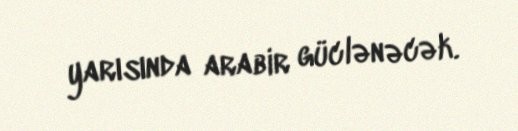
yarısında arabir güclənəcək.